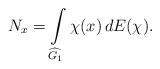
LaTeX: \begin{align*}N_x = \int \limits_{\widehat{G_1}} \chi(x) \, dE(\chi).\end{align*}